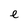
Character: e